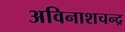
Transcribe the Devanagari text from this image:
अविनाशचन्द्र